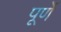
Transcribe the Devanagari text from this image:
पूर्णे